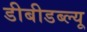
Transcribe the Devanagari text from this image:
डीबीडब्ल्यू